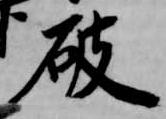
破